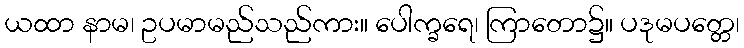
ယထာ နာမ၊ ဥပမာမည်သည်ကား။ ပေါက္ခရေ၊ ကြာတော၌။ ပဒုမပတ္တေ၊